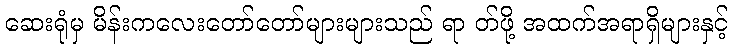
ဆေးရုံမှ မိန်းကလေးတော်တော်များများသည် ရာ တ်ဖို့ အထက်အရာရှိများနှင့်